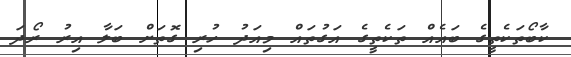
ކާބޯތަކެތީގެ ބައެއް ތަކެތީގެ އަގުތައް މިއަދު ހުރި ގޮތަށް ބަލާ އިރު ރޯދަ